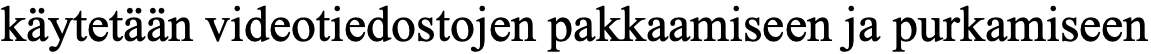
käytetään videotiedostojen pakkaamiseen ja purkamiseen